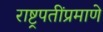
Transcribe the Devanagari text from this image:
राष्ट्रपतींप्रमाणे